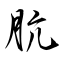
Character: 肮